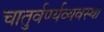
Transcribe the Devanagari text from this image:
चातुर्वर्ण्यव्यवस्था